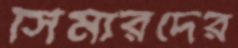
সিমারদের